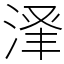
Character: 𬈃